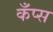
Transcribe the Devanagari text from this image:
कँप्स